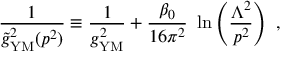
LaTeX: { \frac { 1 } { { \widetilde g } _ { \mathrm { { \small Y M } } } ^ { 2 } ( p ^ { 2 } ) } } \equiv { \frac { 1 } { g _ { \mathrm { { \small Y M } } } ^ { 2 } } } + { \frac { \beta _ { 0 } } { 1 6 \pi ^ { 2 } } } ~ \ln \left( { \frac { \Lambda ^ { 2 } } { p ^ { 2 } } } \right) ~ ,